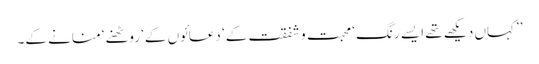
’’کہاں دیکھے تھے ایسے رنگ ‘ محبت و شفقت کے‘ دعائوں کے‘ روٹھنے‘ منانے کے۔